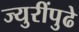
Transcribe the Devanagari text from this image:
ज्युरींपुढे